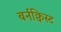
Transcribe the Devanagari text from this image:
बर्नक्विस्ट